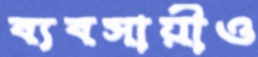
ব্যবসায়ীও